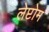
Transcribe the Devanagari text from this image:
लेप्टोम